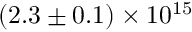
( 2 . 3 \pm 0 . 1 ) \times 1 0 ^ { 1 5 }